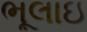
ભૂલાઇ